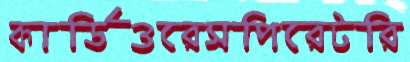
কার্ডিওরেসপিরেটরি